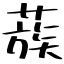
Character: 蔟